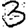
Digit: 3